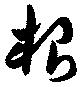
根